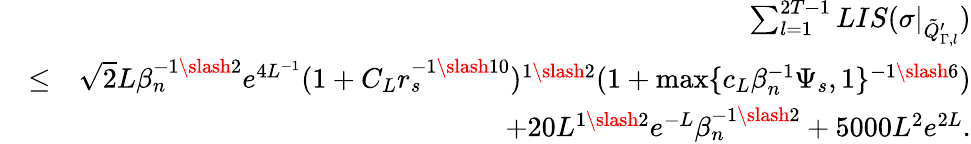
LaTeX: \begin{array}{rlr}&{}&{\sum_{l=1}^{2T-1}LIS(\sigma|_{\tilde{Q}_{\Gamma,l}^{\prime}})}\\ &{\leq}&{\sqrt{2}L\beta_{n}^{-1\slash 2}e^{4L^{-1}}(1+C_{L}r_{s}^{-1\slash 10})^{1\slash 2}(1+\operatorname*{max}\{ c_{L}\beta_{n}^{-1}\Psi_{s},1\} ^{-1\slash 6})}\\ &{}&{+20L^{1\slash 2}e^{-L}\beta_{n}^{-1\slash 2}+5000L^{2}e^{2L}.}\end{array}